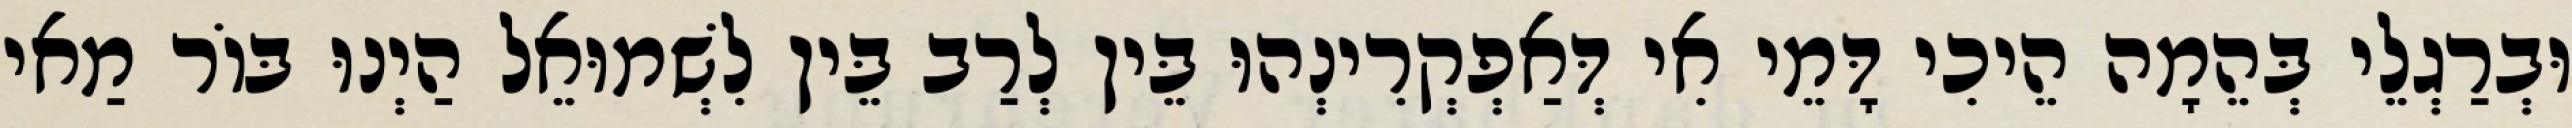
וּבְרַגְלֵי בְּהֵמָה הֵיכִי דָּמֵי אִי דְּאַפְקְרִינְהוּ בֵּין לְרַב בֵּין לִשְׁמוּאֵל הַיְנוּ בּוֹר מַאי